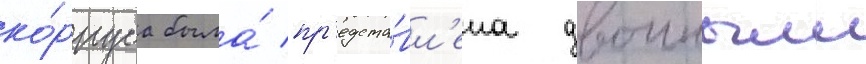
ко́рпуса была́ пр'едста́вл'ена двоиным